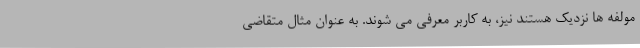
مولفه ها نزدیک هستند نیز، به کاربر معرفی می شوند. به عنوان مثال متقاضی